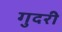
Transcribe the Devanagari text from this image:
गुदरी